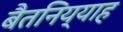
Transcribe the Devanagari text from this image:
बैतनिय्याह